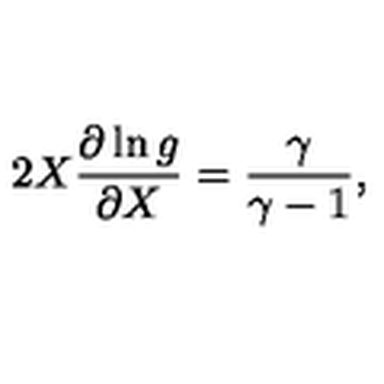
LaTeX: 2 X \frac { \partial \ln g } { \partial X } = \frac { \gamma } { \gamma - 1 } ,